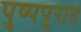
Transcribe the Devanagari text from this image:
पुष्पपुरात